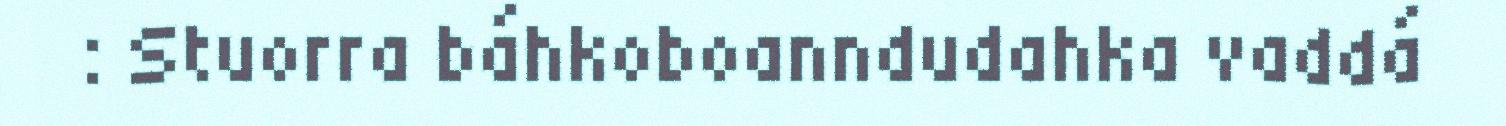
: Stuorra báhkoboanndudahka vaddá